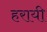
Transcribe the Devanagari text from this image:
हरायी